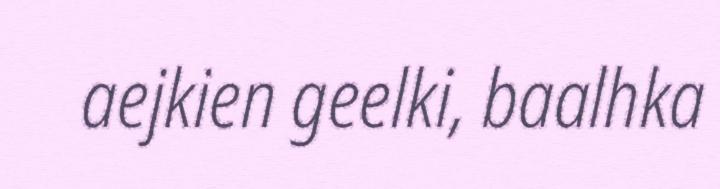
aejkien geelki, baalhka